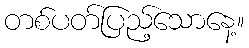
တစ်ပတ်ပြည့်သောနေ့။